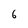
Character: 6